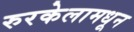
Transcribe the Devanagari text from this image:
रुरकेलामधून